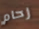
زحام